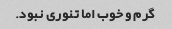
گرم و خوب اما تنوری نبود.